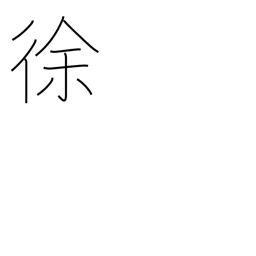
Meaning: deliberately